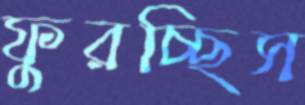
ফুরচ্ছিস